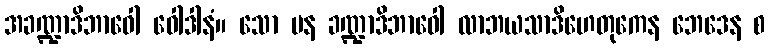
အခဏ္ဍာဒိဘာဝေါ ဝေါဒါနံ။ သော ပန ခဏ္ဍာဒိဘာဝေါ လာဘယသာဒိဟေတုကေန ဘေဒေန စ